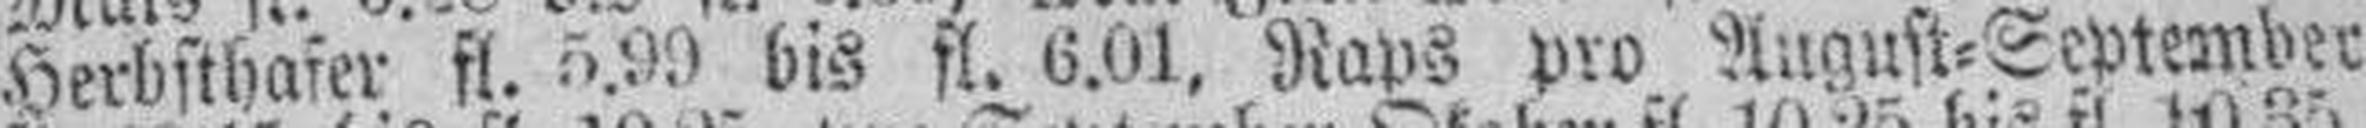
Herbsthafer fl. 5.99 bis fl. 6.01, Raps pro August=September